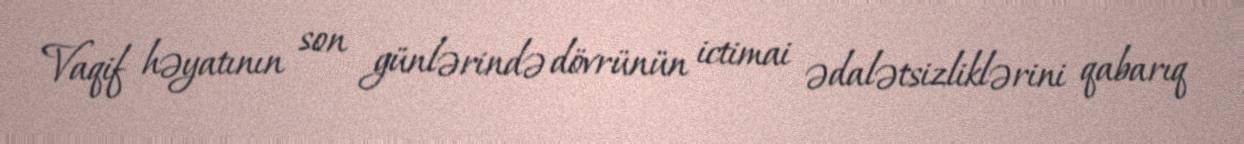
Vaqif həyatının son günlərində dövrünün ictimai ədalətsizliklərini qabarıq